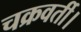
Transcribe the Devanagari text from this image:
चक्रवर्ती।